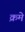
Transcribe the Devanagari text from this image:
क्रमे